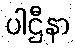
ပါဌီနာ